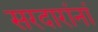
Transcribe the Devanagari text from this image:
सरदारांनां